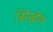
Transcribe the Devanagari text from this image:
त्रिरेखीय